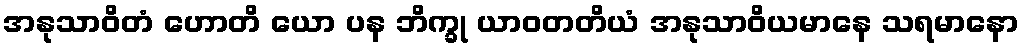
အနုသာဝိတံ ဟောတိ ယော ပန ဘိက္ခု ယာဝတတိယံ အနုသာဝိယမာနေ သရမာနော